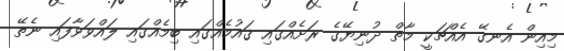
މިއިން އެނގޭ އެއްޗަކީ މާތް ދުނިޔޭގެ ރަށެއްގައި ޤައުމެއްގައި ބިމެއްގައި ލައްވަވާފައި ނެތޭ